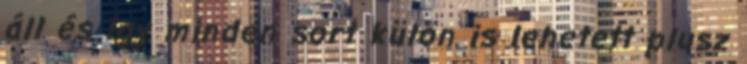
áll és így minden sort külön is lehetett plusz